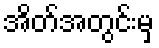
အိတ်အတွင်းမှ